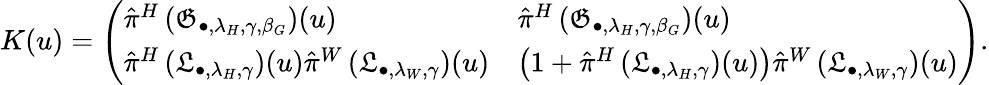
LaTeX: K(u)=\left(\begin{array}{ll}{\hat{\pi}^{H}\left(\mathfrak{G}_{\bullet,\lambda_{H},\gamma,\beta_{G}}\right)(u)}&{\hat{\pi}^{H}\left(\mathfrak{G}_{\bullet,\lambda_{H},\gamma,\beta_{G}}\right)(u)}\\ {\hat{\pi}^{H}\left(\mathfrak{L}_{\bullet,\lambda_{H},\gamma}\right)(u)\hat{\pi}^{W}\left(\mathfrak{L}_{\bullet,\lambda_{W},\gamma}\right)(u)}&{\left(1+\hat{\pi}^{H}\left(\mathfrak{L}_{\bullet,\lambda_{H},\gamma}\right)(u)\right)\hat{\pi}^{W}\left(\mathfrak{L}_{\bullet,\lambda_{W},\gamma}\right)(u)}\end{array}\right).